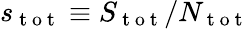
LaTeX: s_{\mathrm{~t~o~t~}}\equiv S_{\mathrm{~t~o~t~}}/N_{\mathrm{~t~o~t~}}